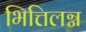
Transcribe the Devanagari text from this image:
भित्तिलग्न